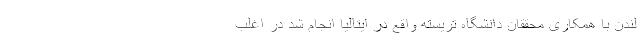
لندن با همکاری محققان دانشگاه تریسته واقع در ایتالیا انجام شد در اغلب